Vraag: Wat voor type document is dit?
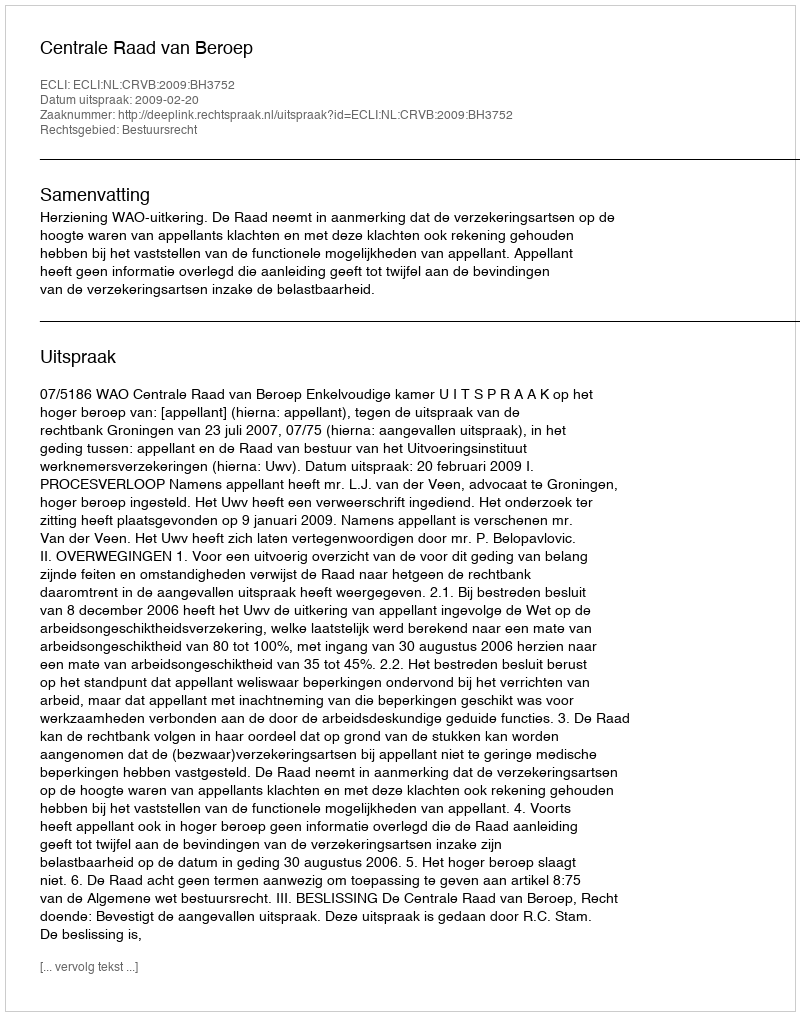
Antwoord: Uitspraak